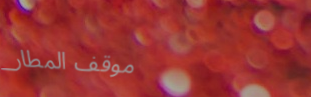
موقف المطار